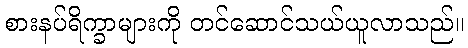
စားနပ်ရိက္ခာများကို တင်ဆောင်သယ်ယူလာသည်။